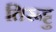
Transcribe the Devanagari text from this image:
तिरूट्टु